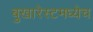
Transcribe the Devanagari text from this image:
बुखारेस्टमध्येच